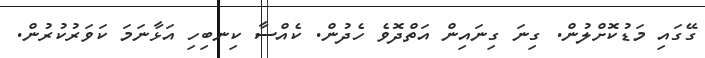
ގޭގައި މަޑުކޮށްލުން. ގިނަ ގިނައިން އަތްދޮވެ ހެދުން. ކެއްސާ ކިނބިހި އަޅާނަމަ ކަވަރުކުރުން.